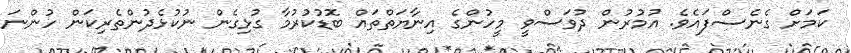
ކަމަށް ގެނެސްފައެވެ. އުމުރުން ދުވަސްވީ މީހުންގެ އިނާޔަތްތައް ބޮޑުކުރުމާ ގުޅިގެން ނުކުޅެދުންތެރިކަން ހުންނަ